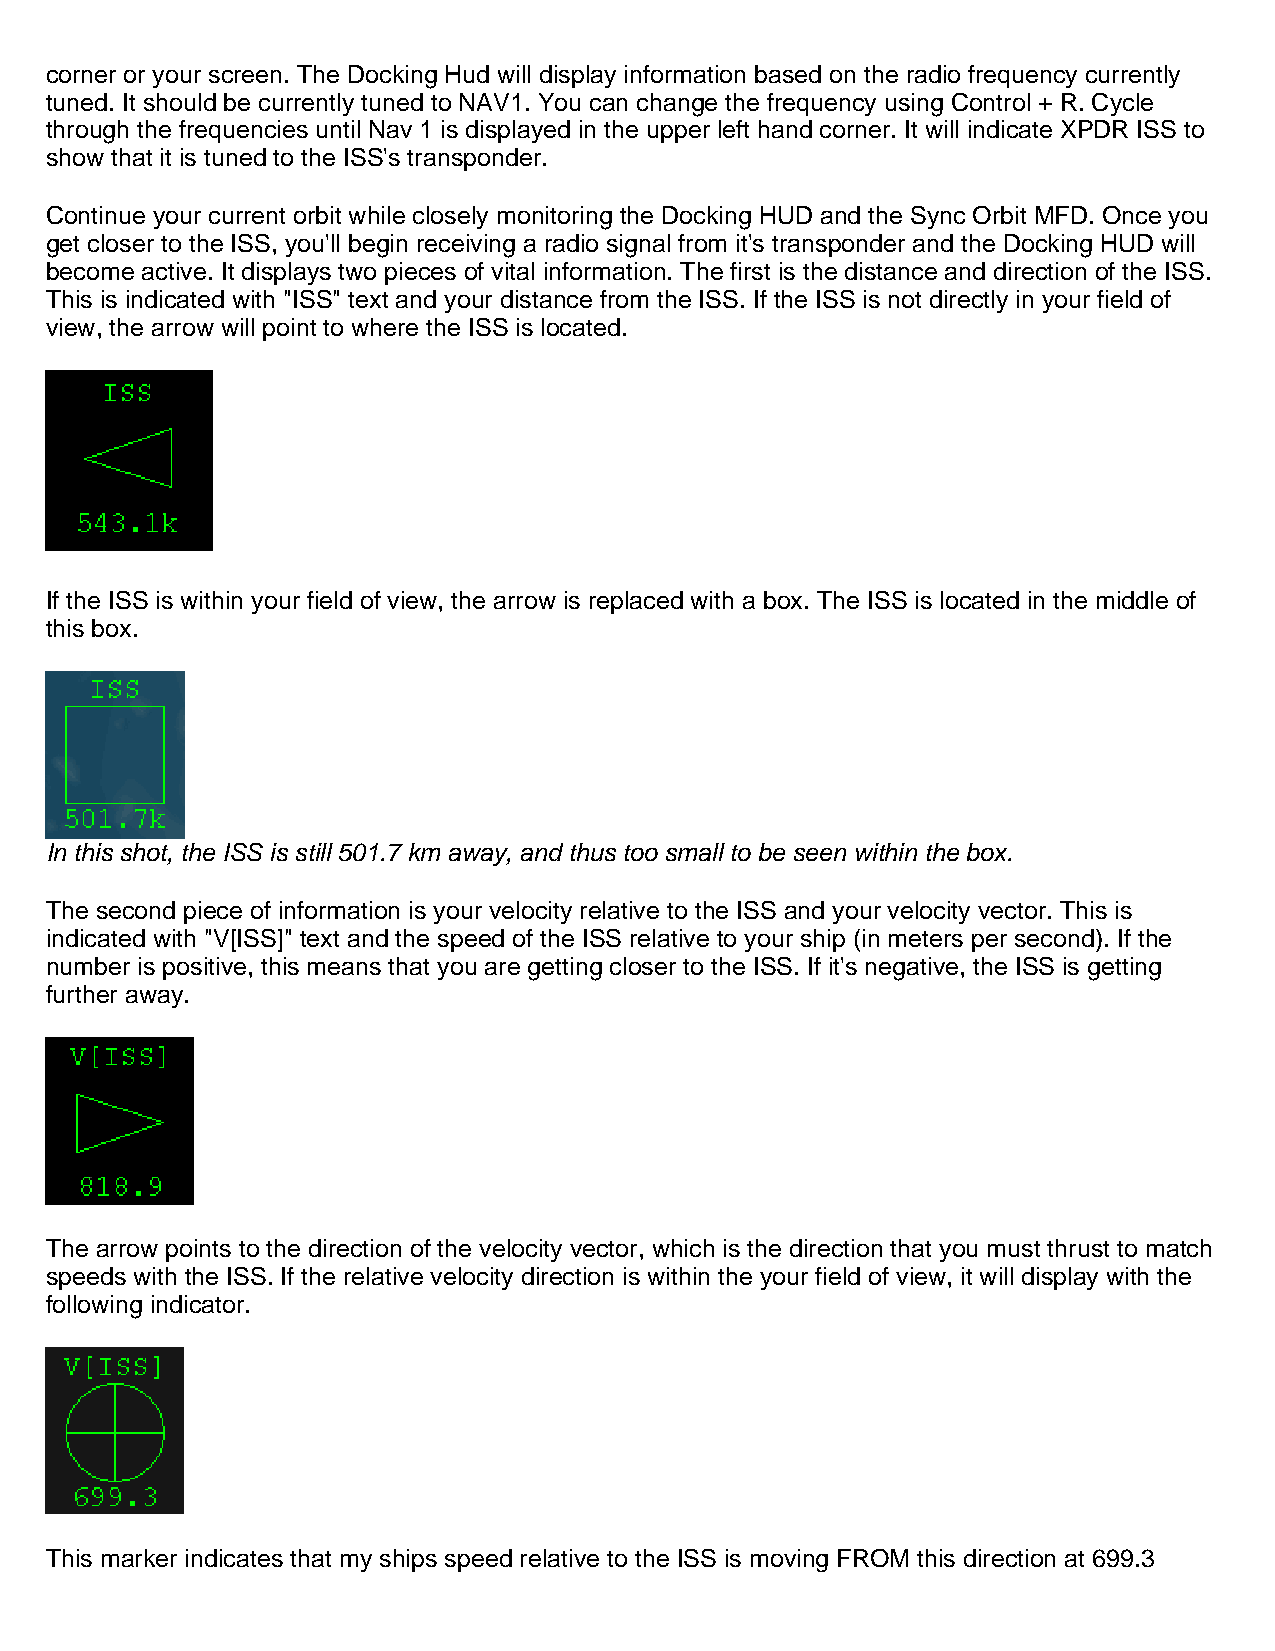
corner or your screen. The Docking Hud will display information based on the radio frequency currently
 tuned. It should be currently tuned to NAV1. You can change the frequency using Control + R. Cycle
 through the frequencies until Nav 1 is displayed in the upper left hand corner. It will indicate XPDR ISS to
 show that it is tuned to the ISS's transponder.
 Continue your current orbit while closely monitoring the Docking HUD and the Sync Orbit MFD. Once you
 get closer to the ISS, you'll begin receiving a radio signal from it's transponder and the Docking HUD will
 become active. It displays two pieces of vital information. The first is the distance and direction of the ISS.
 This is indicated with "ISS" text and your distance from the ISS. If the ISS is not directly in your field of
 view, the arrow will point to where the ISS is located.
 If the ISS is within your field of view, the arrow is replaced with a box. The ISS is located in the middle of
 this box.
 In this shot, the ISS is still 501.7 km away, and thus too small to be seen within the box.
 The second piece of information is your velocity relative to the ISS and your velocity vector. This is
 indicated with "V[ISS]" text and the speed of the ISS relative to your ship (in meters per second). If the
 number is positive, this means that you are getting closer to the ISS. If it's negative, the ISS is getting
 further away.
 The arrow points to the direction of the velocity vector, which is the direction that you must thrust to match
 speeds with the ISS. If the relative velocity direction is within the your field of view, it will display with the
 following indicator.
 This marker indicates that my ships speed relative to the ISS is moving FROM this direction at 699.3